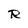
Character: R